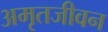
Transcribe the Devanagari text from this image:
अमृतजीवन